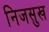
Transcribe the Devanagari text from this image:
निजसुख